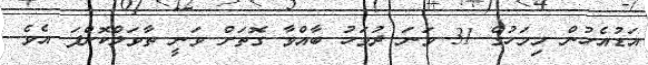
އަޑުއެހުން މިމަހުގެ 31 ވަނަ ދުވަހު ބާއްވާ ގޮތަށް ވަނީ ތާވަލްކޮށްފަ އެވެ.